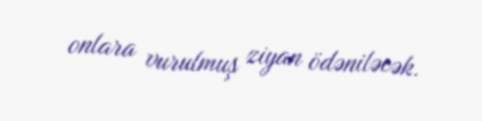
onlara vurulmuş ziyan ödəniləcək.